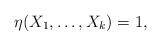
LaTeX: \begin{align*}\eta(X_1,\ldots,X_k) = 1,\end{align*}